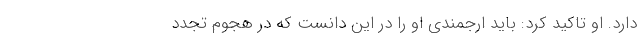
دارد. او تاکید کرد: باید ارجمندی او را در این دانست که در هجوم تجدد